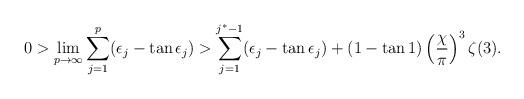
LaTeX: \begin{align*}0 > \lim_{p\rightarrow\infty}\sum_{j=1}^p(\epsilon_j -\tan \epsilon_j) >\sum_{j=1}^{j^*-1}(\epsilon_j -\tan \epsilon_j)+ (1-\tan 1)\left(\frac{\chi}{\pi}\right)^3 \zeta(3).\end{align*}